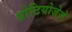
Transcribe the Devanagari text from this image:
प्रोटियोज़ेज़े